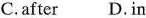
C.after D. In